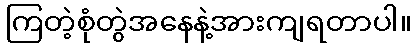
ကြတဲ့စုံတွဲအနေနဲ့အားကျရတာပါ။